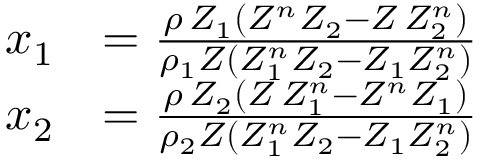
\begin{array} { r l } { x _ { 1 } } & { = \frac { \rho \, Z _ { 1 } \left( Z ^ { n } Z _ { 2 } - Z \, Z _ { 2 } ^ { n } \right) } { \rho _ { 1 } Z \left( Z _ { 1 } ^ { n } Z _ { 2 } - Z _ { 1 } Z _ { 2 } ^ { n } \right) } } \\ { x _ { 2 } } & { = \frac { \rho \, Z _ { 2 } \left( Z \, Z _ { 1 } ^ { n } - Z ^ { n } Z _ { 1 } \right) } { \rho _ { 2 } Z \left( Z _ { 1 } ^ { n } Z _ { 2 } - Z _ { 1 } Z _ { 2 } ^ { n } \right) } } \end{array}